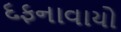
દફનાવાયો